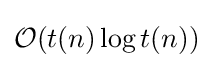
{\mathcal {O}}(t(n)\log t(n))